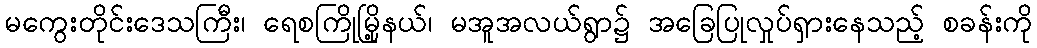
မကွေးတိုင်းဒေသကြီး၊ ရေစကြိုမြို့နယ်၊ မအူအလယ်ရွာ၌ အခြေပြုလှုပ်ရှားနေသည့် စခန်းကို